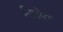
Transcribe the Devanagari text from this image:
गिलोरी